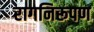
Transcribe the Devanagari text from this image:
रागनिरूपण